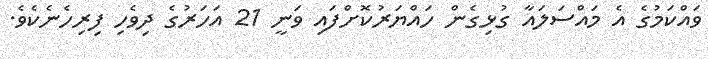
ވައްކަމުގެ އެ މައްސަލައާ ގުޅިގެން ހައްޔަރުކޮށްފައި ވަނީ 21 އަހަރުގެ ދިވެހި ފިރިހެނެކެވެ.